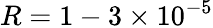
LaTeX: R=1-3\times 10^{-5}